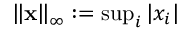
\left\Vert \mathbf { x } \right\Vert _ { \infty } : = { \mathrm { s u p } } _ { i } \left\vert x _ { i } \right\vert